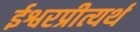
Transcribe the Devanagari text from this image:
ईश्वरप्रीत्यर्थ